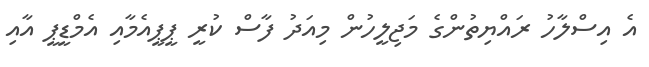
އެ އިސްލާހު ރައްޔިތުންގެ މަޖިލީހުން މިއަދު ފާސް ކުރީ ޕީޕީއެމާއި އެމްޑީޕީ އާއި